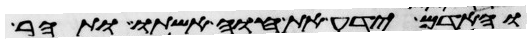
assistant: והאדם ידע את חוה אשתו ותהר